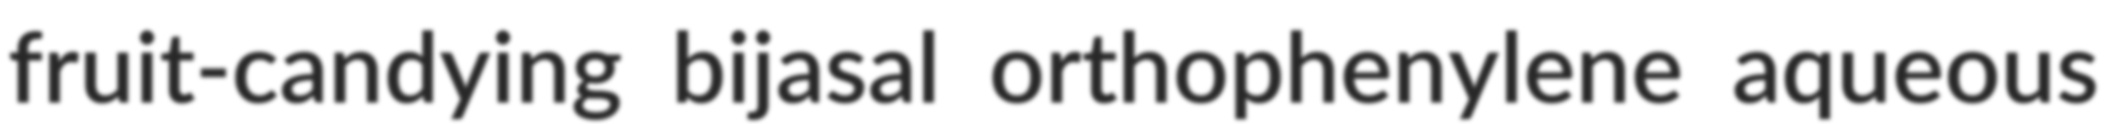
fruit-candying bijasal orthophenylene aqueous